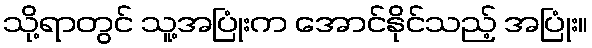
သို့ရာတွင် သူ့အပြုံးက အောင်နိုင်သည့် အပြုံး။